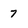
Character: 7